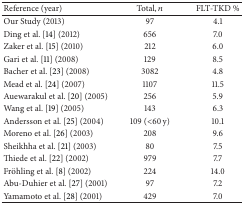
| Reference (year) | Total, n | FLT-TKD % |
 | --- | --- | --- |
 | Our Study (2013) | 97 | 4.1 |
 | Ding et al. [14] (2012) | 656 | 7.0 |
 | Zaker et al. [15] (2010) | 212 | 6.0 |
 | Gari et al. [11] (2008) | 129 | 8.5 |
 | Bacher et al. [23] (2008) | 3082 | 4.8 |
 | Mead et al. [24] (2007) | 1107 | 11.5 |
 | Auewarakul et al. [20] (2005) | 256 | 5.9 |
 | Wang et al. [19] (2005) | 143 | 6.3 |
 | Andersson et al. [25] (2004) | 109 (<60 y) | 10.1 |
 | Moreno et al. [26] (2003) | 208 | 9.6 |
 | Sheikhha et al. [21] (2003) | 80 | 7.5 |
 | Thiede et al. [22] (2002) | 979 | 7.7 |
 | Fröhling et al. [8] (2002) | 224 | 14.0 |
 | Abu-Duhier et al. [27] (2001) | 97 | 7.2 |
 | Yamamoto et al. [28] (2001) | 429 | 7.0 |